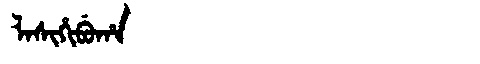
Manchu: ᠯᠠᠰᡳᡥᡳᠪᡠᡥᠠ
Romanization: LASIHIBUHA